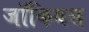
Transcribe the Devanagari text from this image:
जॉकियस